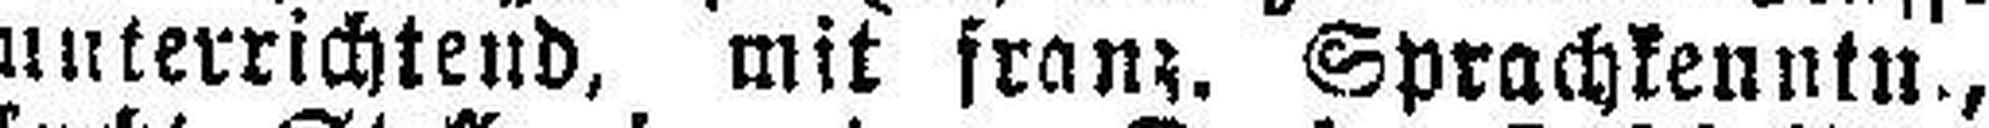
unterrichtend, mit franz. Sprachkenntn.,